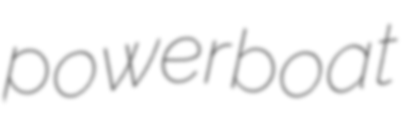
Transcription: powerboat